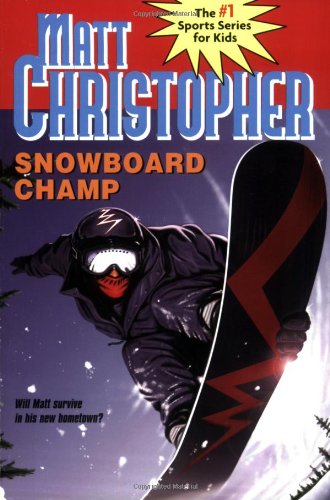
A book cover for Snowboard Champ (Matt Christopher Sports Fiction); Matt Christopher; Children's Books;